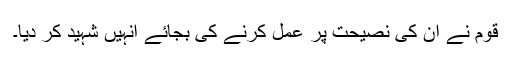
قوم نے ان کی نصیحت پر عمل کرنے کی بجائے انہیں شہید کر دیا۔